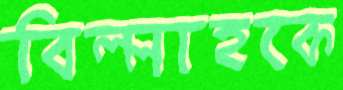
বিল্লাহকে